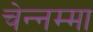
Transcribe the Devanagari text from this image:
चेन्‍नम्‍मा